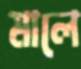
মালে